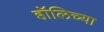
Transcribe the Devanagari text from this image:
हॉलिच्या